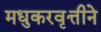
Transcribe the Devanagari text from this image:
मधुकरवृत्तीने